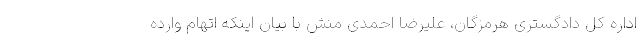
اداره کل دادگستری هرمزگان، علیرضا احمدی منش با بیان اینکه اتهام وارده